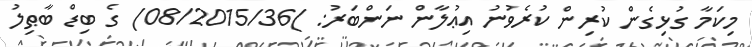
މިކަމާ ގުޅިގެން ކުރިން ކުރެވުނު އިޢުލާން ނަންބަރު: )08/2015/36) ގެ ބިޑް ބާޠިލު